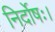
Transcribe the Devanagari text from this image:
निर्दोषः।